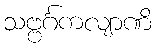
သဗ္ဗင်္ဂကလျာဏိ